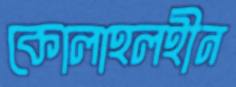
কোলাহলহীন